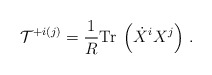
\begin{align*}{\cal T}^{+ i (j)} = \frac{1}{R} {\rm Tr}\; \left( \dot{X}^i X^j \right)\, . \end{align*}